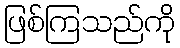
ဖြစ်ကြသည်ကို